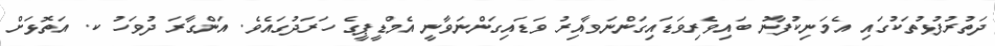
ދަތުރުފުޅުތަކުގައި އެމަނިކުފާނު ބައިވެރިވަޑައިގަންނަވާއިރު ވަޑައިގަންނަވާނީ އެމްޑީޕީގެ ހަރަދުގައެވެ. އަންގާރަ ދުވަހު ކ. އަތޮޅަށް